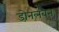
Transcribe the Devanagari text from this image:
डोनलबैन